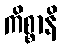
ကိစ္စာနိ